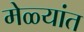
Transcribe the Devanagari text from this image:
मेळ्यांत